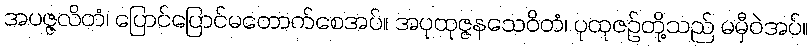
အပဇ္ဇလိတံ၊ ပြောင်ပြောင်မတောက်စေအပ်။ အပုထုဇ္ဇနသေဝိတံ၊ ပုထုဇဉ်တို့သည် မမှီဝဲအပ်။